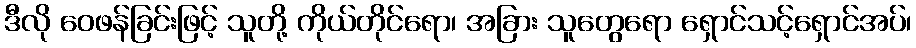
ဒီလို ဝေဖန်ခြင်းဖြင့် သူတို့ ကိုယ်တိုင်ရော၊ အခြား သူတွေရော ရှောင်သင့်ရှောင်အပ်၊